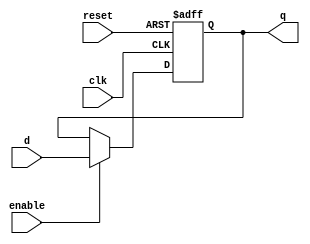
//Jos Alejandro Garca Aguirre
//Lab9
//Ejecicio 2

module ffd1 (input clk, reset, enable, d, output reg q);
    always @ (posedge clk or posedge reset)begin
        if (reset) begin
            q <= 1'b0;
        end
        else if (enable) begin
            q <= d;
        end
    end   
endmodule


module fft(input wire clk, reset, enable, output wire Y);
    wire d;    
    not (d, Y);
    ffd1 u(clk, reset, enable, d, Y);
endmodule